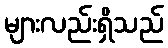
များလည်းရှိသည်